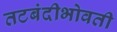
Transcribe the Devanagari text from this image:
तटबंदीभोवती